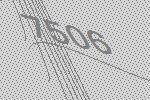
7506